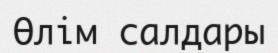
Өлім салдары